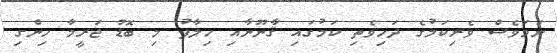
ނަމަވެސް ވެރިކަމުގެ ދަހިވެތި ކަމުގައި ޤާނޫނާއި ހިލާފު މި ބޮޑު ޖަރީމާ ހިންގި